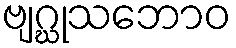
ဗျဂ္ဃုသဘောဝ